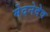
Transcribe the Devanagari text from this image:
मेदनेदेव